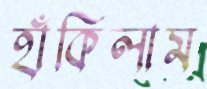
হাঁকিলাম